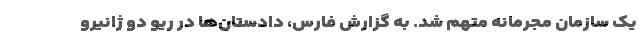
یک سازمان مجرمانه متهم شد. به گزارش فارس، دادستان‌ها در ریو دو ژانیرو